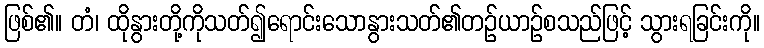
ဖြစ်၏။ တံ၊ ထိုနွားတို့ကိုသတ်၍ရောင်းသောနွားသတ်၏တဉ်ယာဉ်စသည်ဖြင့် သွားရခြင်းကို။